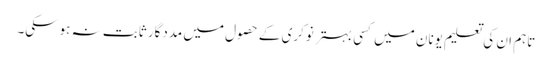
تاہم ان کی تعلیم یونان میں کسی بہتر نوکری کے حصول میں مددگار ثابت نہ ہوسکی۔